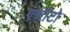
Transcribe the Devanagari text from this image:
एसीटो